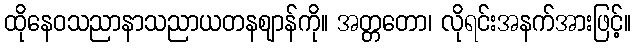
ထိုနေဝသညာနာသညာယတနဈာန်ကို။ အတ္တတော၊ လိုရင်းအနက်အားဖြင့်။